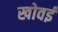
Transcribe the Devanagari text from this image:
खोवई